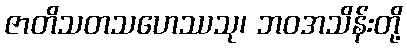
ဇာတိသတသဟေဿသု၊ ဘဝအသိန်းတို့